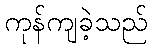
ကုန်ကျခဲ့သည်